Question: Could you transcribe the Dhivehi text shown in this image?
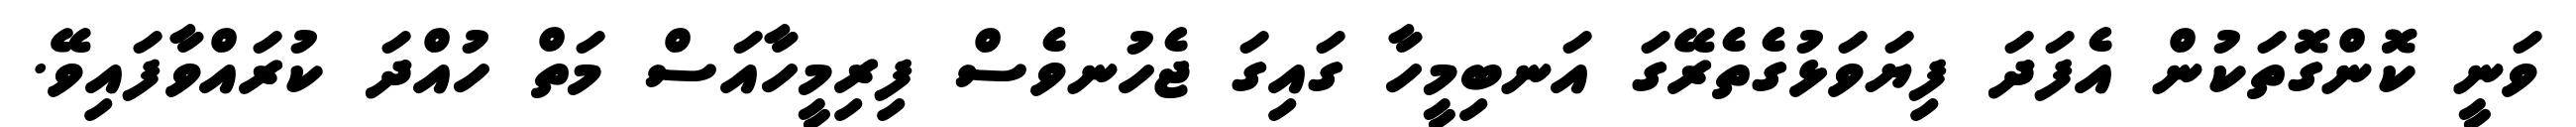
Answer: ވަނީ ކޮންގޮތަކުން އެފަދަ ފިޔަވަޅުގެތެރޭގަ އަނބިމީހާ ގައިގަ ޖެހުނވެސް ފިރިމީހާއަސް މަތް ހުއްދަ ކުރައްވާފައިވޭ.